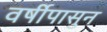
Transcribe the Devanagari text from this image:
वर्षीपासुन